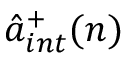
{ \hat { a } } _ { i n t } ^ { + } ( n )